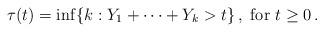
LaTeX: \begin{align*}\tau(t) = \inf \{ k: Y_1+\cdots + Y_k >t \}\,,\mbox{ for } t\geq 0\,.\end{align*}